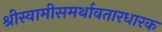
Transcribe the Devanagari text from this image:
श्रीस्वामीसमर्थावतारधारक